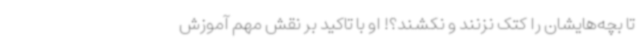
تا بچه‌هایشان را کتک نزنند و نکشند؟! او با تاکید بر نقش مهم آموزش